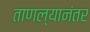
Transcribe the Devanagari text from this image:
ताणल्यानंतर